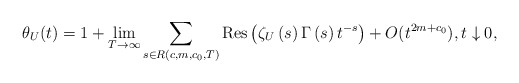
\begin{align*}\theta_U(t)=1+\lim_{T\to \infty}\sum_{s\in R(c,m,c_0,T)} \mathrm{Res}\left( \zeta _{U}\left(s\right) \Gamma \left( s\right) t^{-s}\right) + O(t^{2m+c_0}), t\downarrow 0,\end{align*}